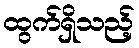
ထွက်ရှိသည့်